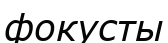
фокусты